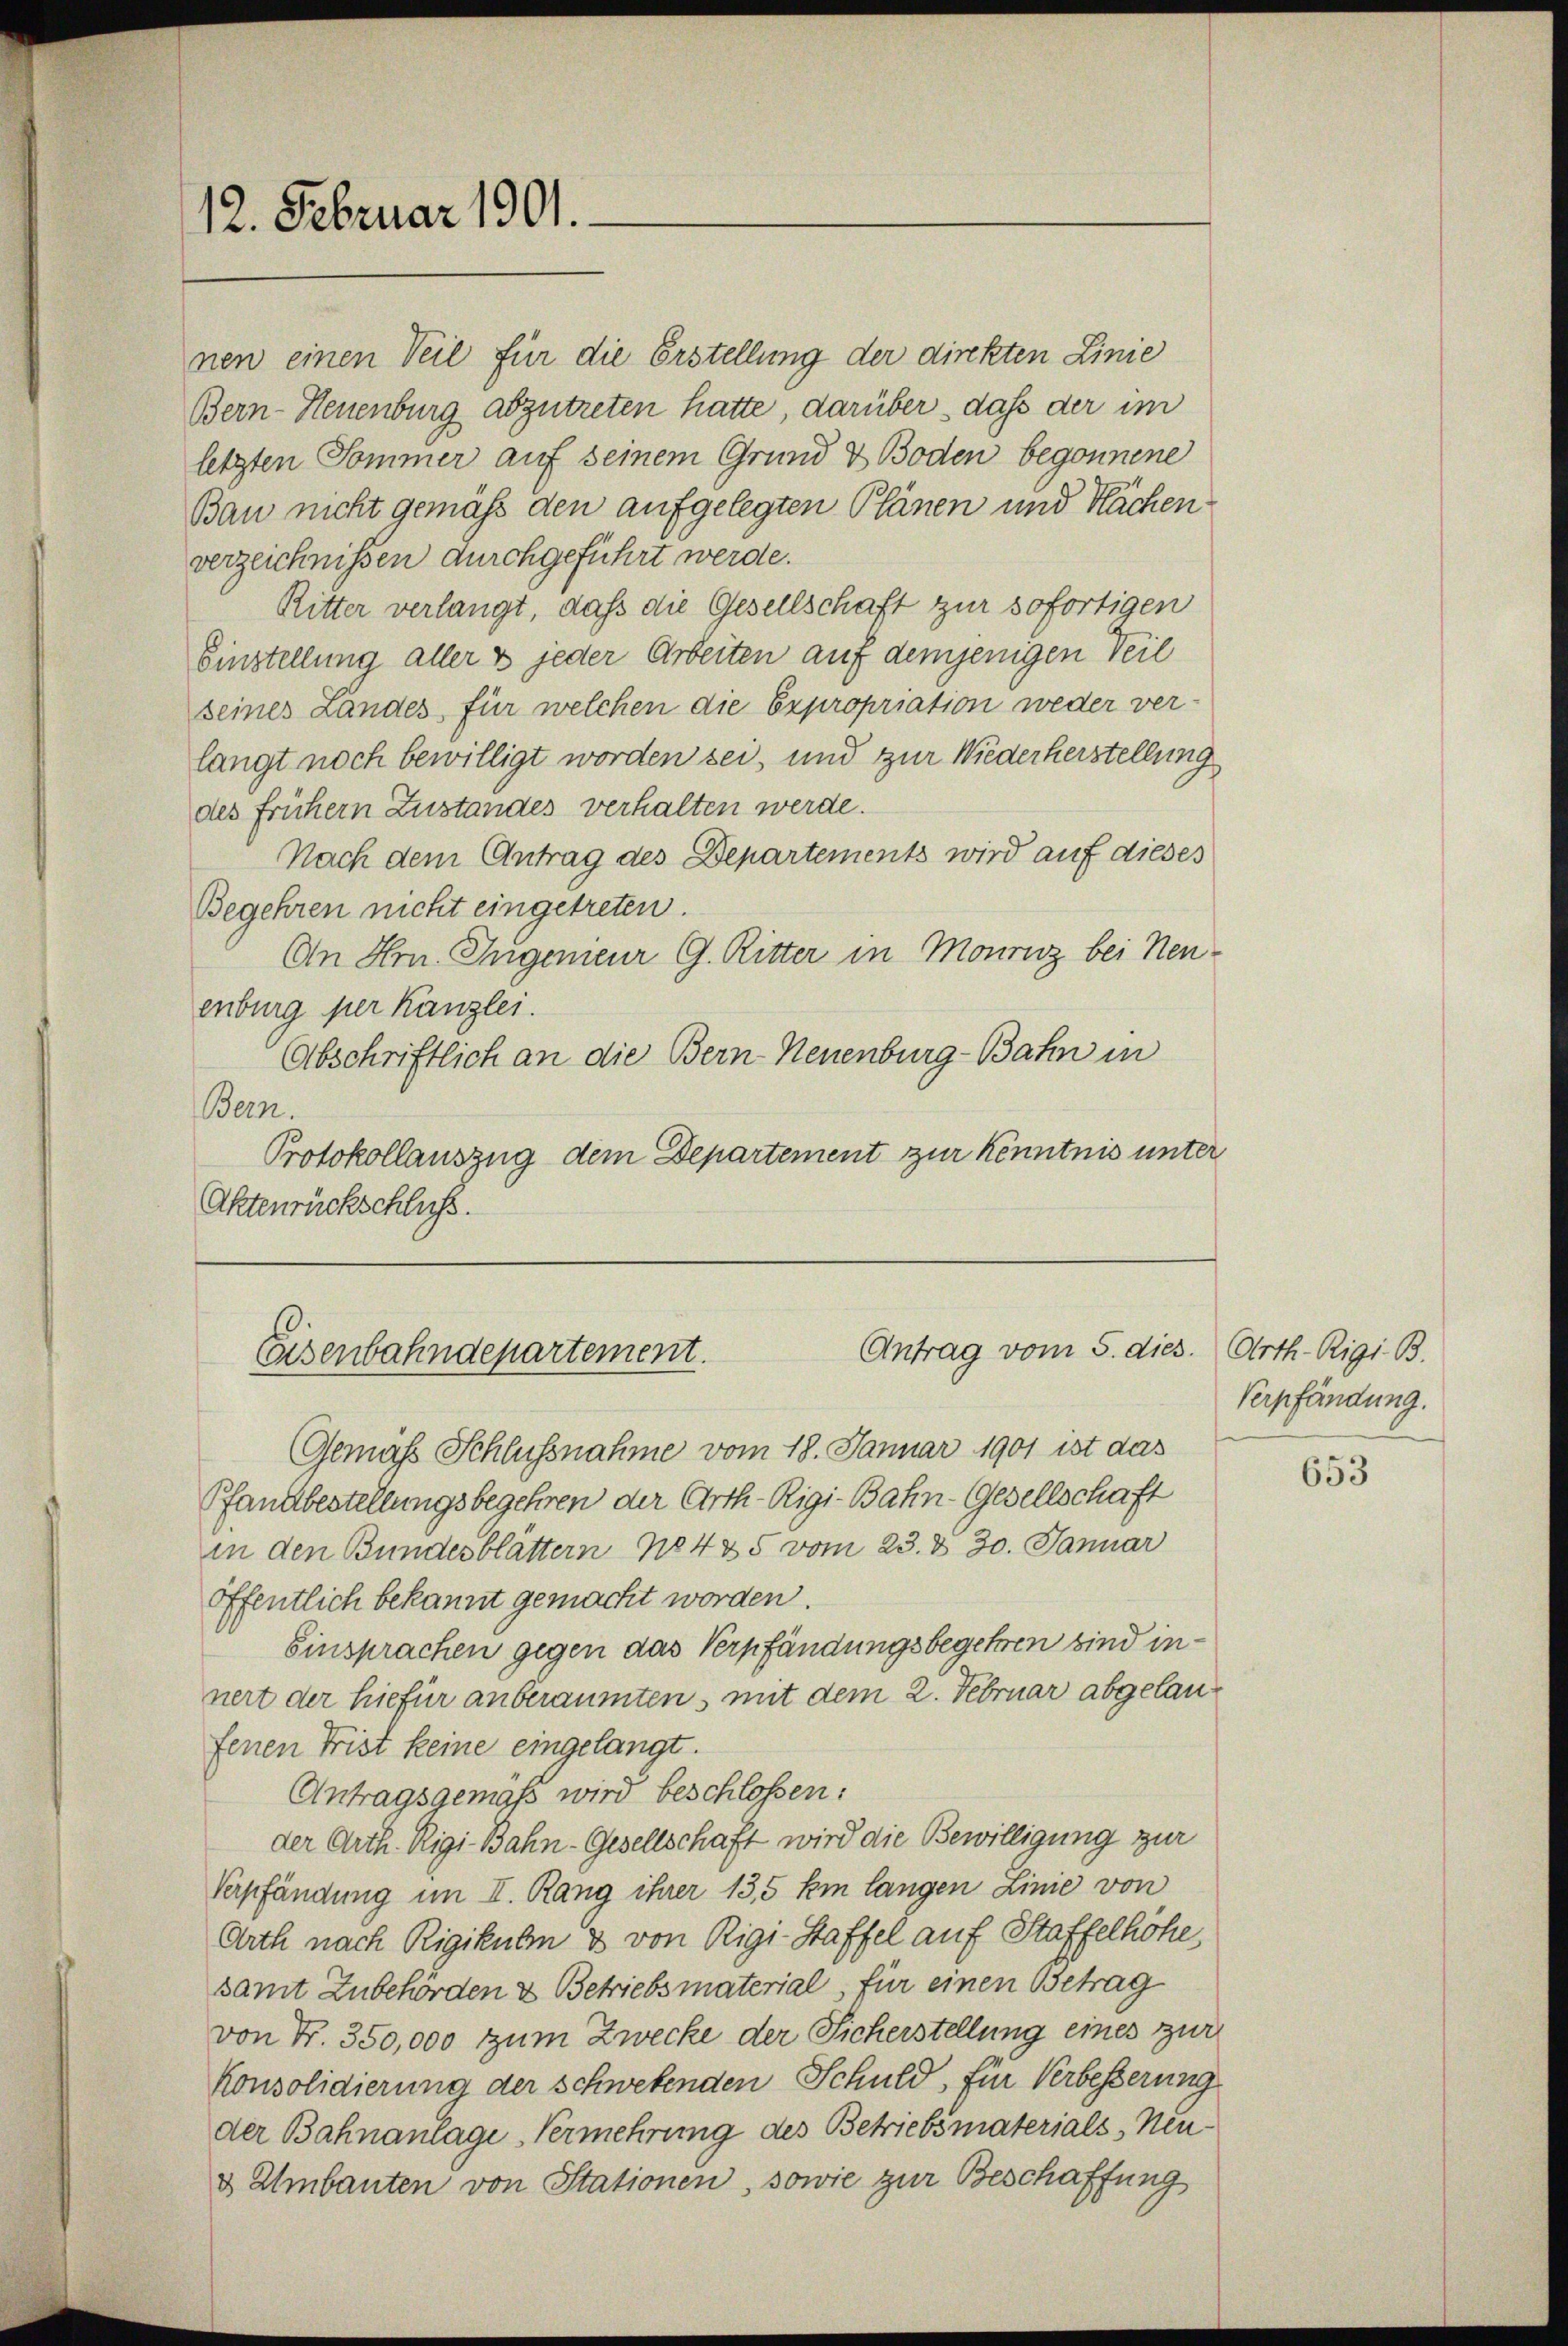
12. Februar 1901.

nen einen Teil für die Erstellung der direkten Linie
Bern-Neuenburg abzutreten hatte, darüber dass der im
letzten Sommer auf seinem Grund & Boden begonnene
Bau nicht gemäß den aufgelegten Plänen und Nachenverzeichnissen durchgeführt werde.
Ritter verlangt, daß die Gesellschaft zur sofortigen
Einstellung aller & jeder Arbeiten auf demjenigen Teil
seines Landes für welchen die Expropriation weder ver-
langt noch bewilligt worden sei, und zur Wiederherstellung
des frühern Zustandes verhalten werde.
Nach dem Antrag des Departements wird auf dieses
Begehren nicht eingetreten.
An Hrn. Ingenieur G. Ritter in Mouruz bei Neuenburg per Kanzlei.
Abschriftlich an die Bern-Neuenburg-Bahn in
Bern.
Protokollauszug dem Departement zur Kenntnis unter
Aktenrückschluss.

Antrag vom 5. dies. Arth-Rigi. B.
Eisenbahndepartement.

Gemäß Schlussnahme vom 18. Januar 1901 ist das
Pfandbestellungsbegehren der Arth-Rigi-Bahn-Gesellschaft
in den Bundesblattern No 435 vom 23. & 30. Januar
öffentlich bekannt gemacht worden.
Einsprachen gegen das Verpfändungsbegehren sind innert der hiefür anberaumten, mit dem 2. Februar abgelanfenen Frist keine eingelangt.
Antragsgemäss wird beschlossen:
der Arth. Rigi-Bahn-Gesellschaft wird die Bewilligung zur
Verpfändung im II. Rang ihrer 135 km langen Linie von
Arth nach Rigikulm & von Rigi-Staffel auf Staffelhöhe,
samt Zubehörden & Betriebsmaterial, für einen Betrag
von Fr. 350,000 zum Zwecke der Sicherstellung eines zur
Konsolidierung der schwebenden Schuld, für Verbesserung
der Bahnanlage Vermehrung des Betriebsmaterials, Neu¬
& Umbauten von Stationen, sowie zur Beschaffung

Verpfändung.

653